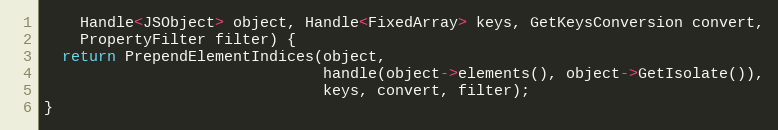
Language: C
    Handle<JSObject> object, Handle<FixedArray> keys, GetKeysConversion convert,
    PropertyFilter filter) {
  return PrependElementIndices(object,
                               handle(object->elements(), object->GetIsolate()),
                               keys, convert, filter);
}